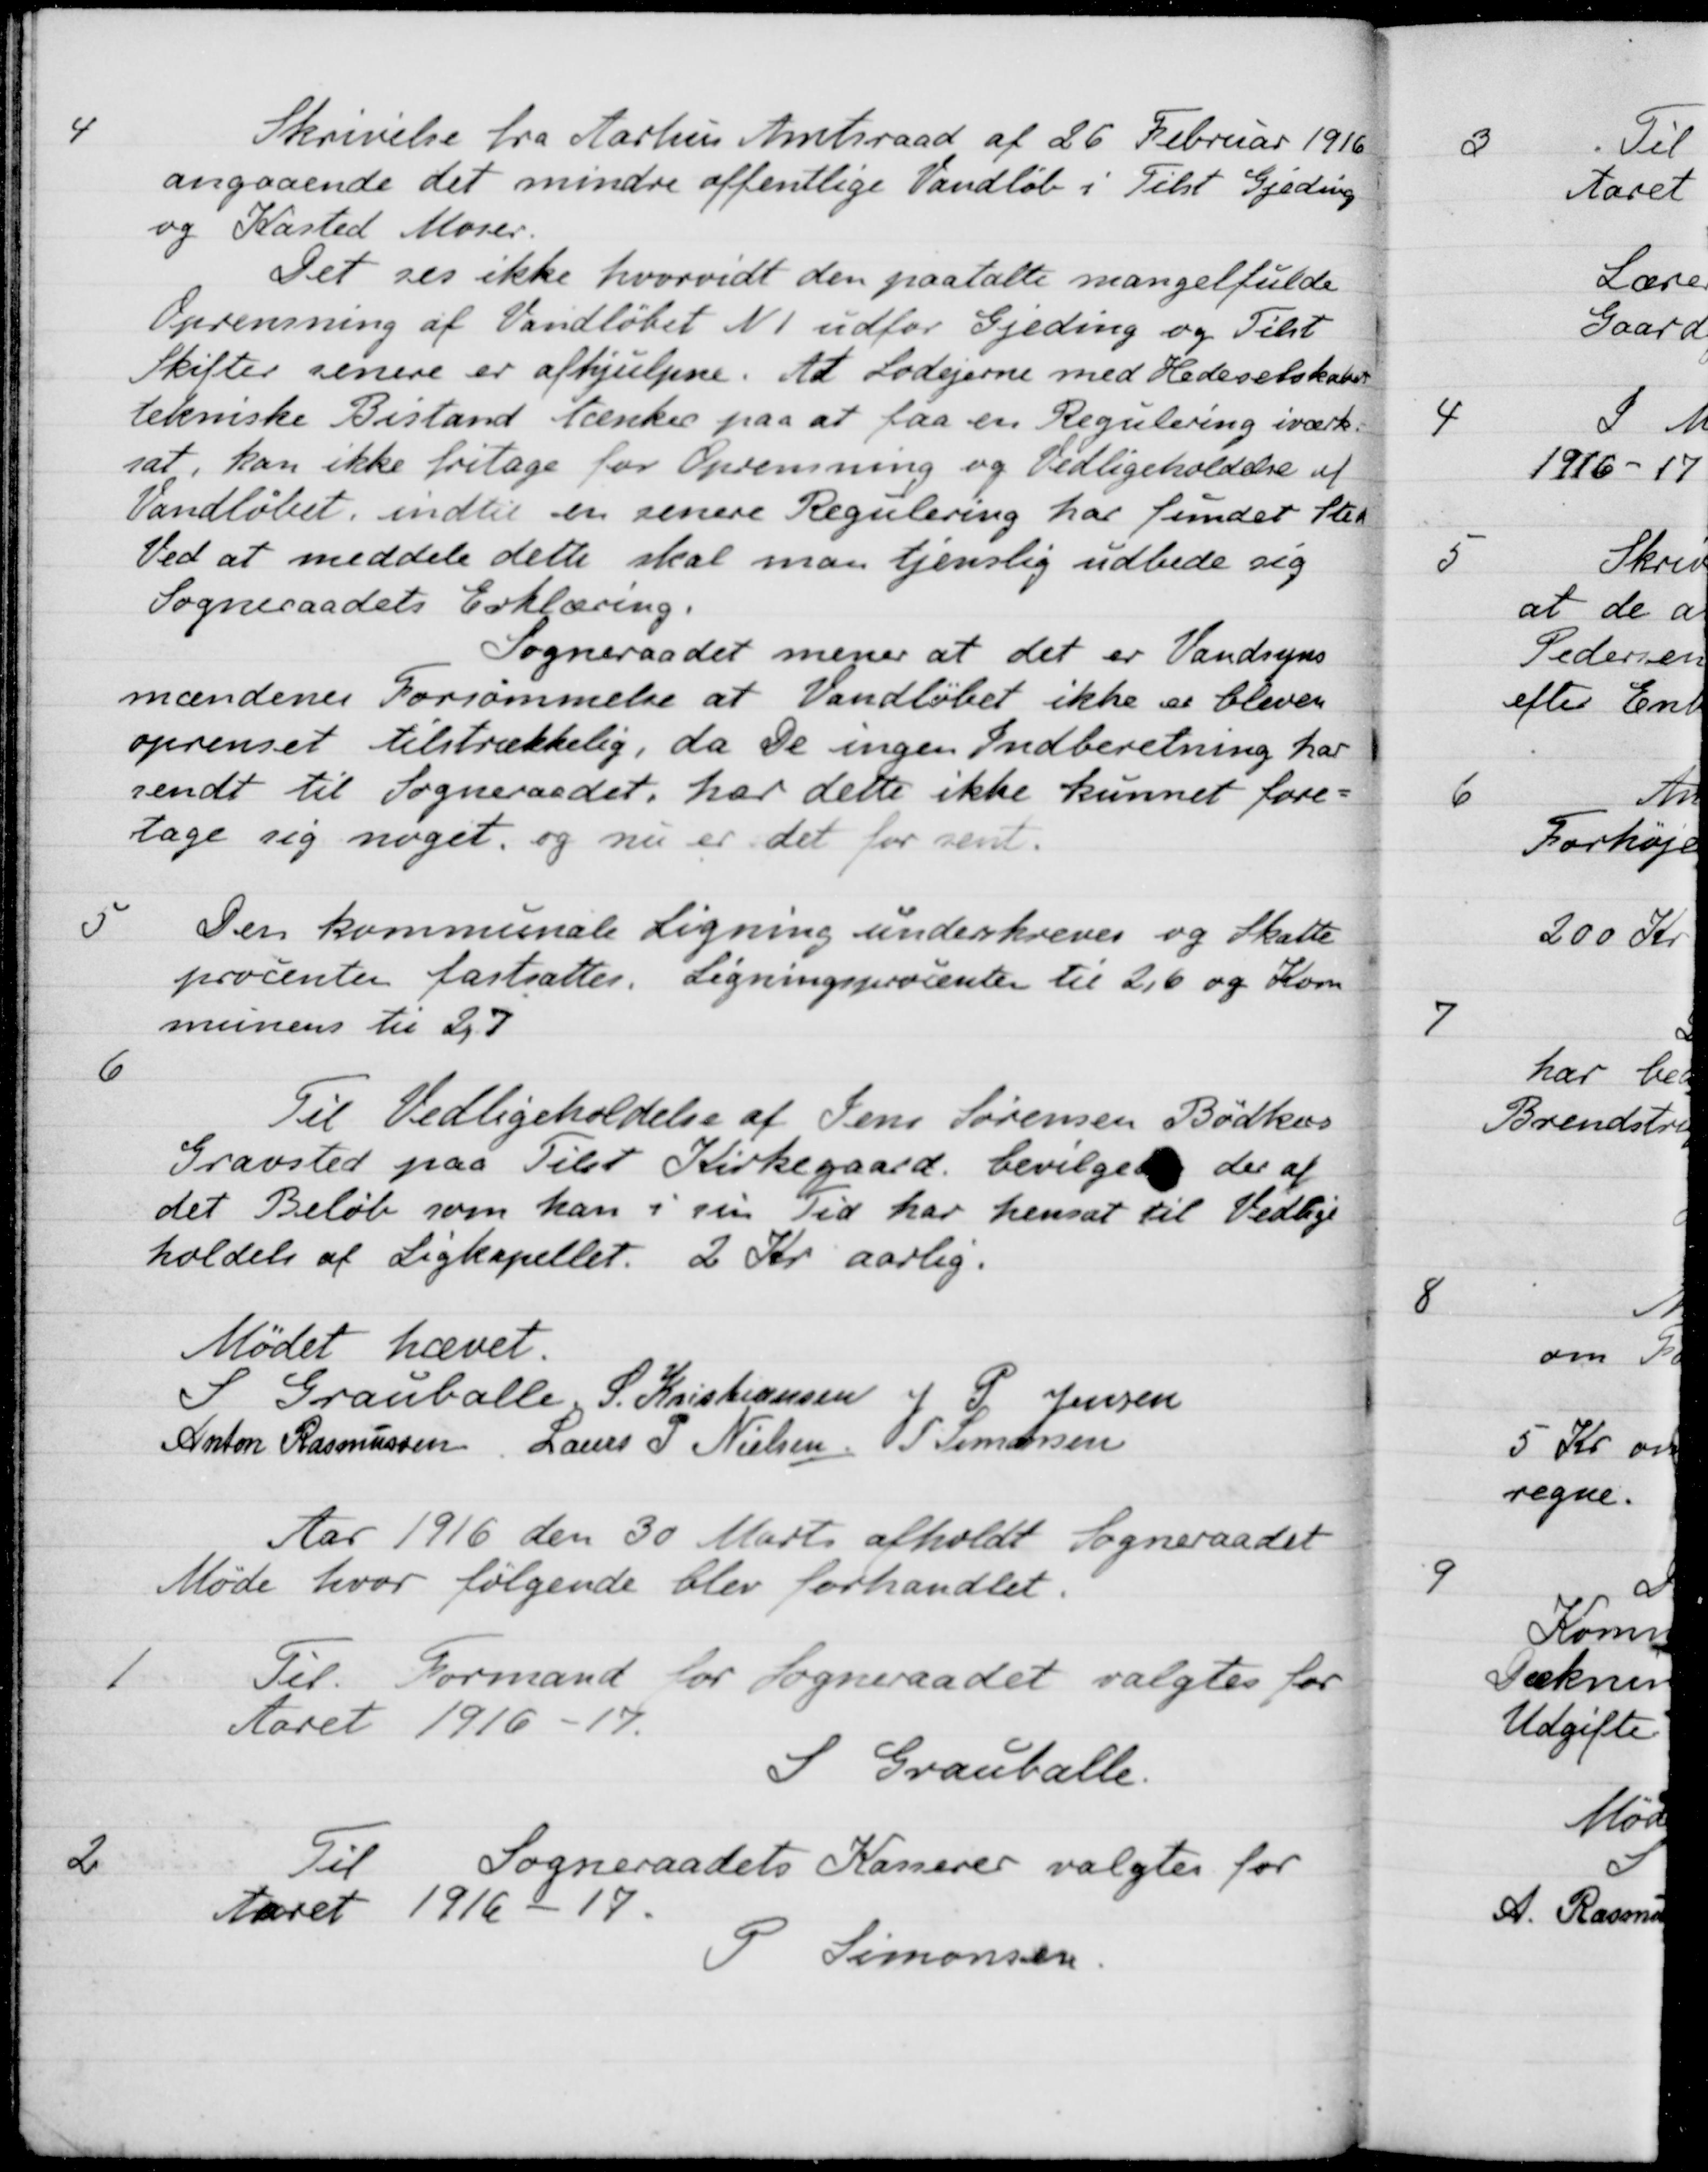
Transskription:
4
Skrivelse fra Aarhus Amtsraad af 26 Februar 1916
angaaende det mindre offentlige Vandløb i Tilst Gjeding
og Kasted Moser.
Det ses ikke hvorvidt den paatalte mangelfulde
Oprensning af Vandløbet N 1 udfor Gjeding og Tilst
Skifter senere er afhjulpne. At Lodejerne med Hedeselskabet
tekniske Bistand tænker paa at faa en Regulering iværk-
sat, kan ikke fritage for Oprensning og Vedligeholdelse af
Vandløbet indtil en senere Regulering har fundet Sted
Ved at meddele dette skal man tjenslig udbede sig
Sogneraadets Erklæring.
Sogneraadet mener at det er Vandsyns
mændenes Forsømmelse at Vandløbet ikke er bleven
oprenset tilstrækkelig, da De ingen Indberetning har
sendt til Sogneraadet, har dette ikke kunnet fore-
tage sig noget, og nu er det for sent.
5
Den kommunale Ligning underskreves og Skatte
procenten fastsættes. Ligningsprocenter til 2,6 og Kom
munens til 27
6
Til Vedligeholdelse af Jens Sørensen Bødkers
Gravsted paa Tilst Kirkegaard, bevilgedes der af
det Beløb som han i sin Tid har hensat til Vedlige-
holdels af Ligkapellet 2 Kr aarlig.
Mødet hævet.
S Grauballe
S. Kristiansen
J P. Jensen
Anton Rasmussen
Laurs P Nielsen
P. Simonsen

Aar 1916 den 30 Marts afholdt Sogneraadet
Møde hvor følgende blev forhandlet.
1
Til Formand for Sogneraadet valgtes for
Aaret 1916-17.
I Grauballe.
2
Lu Sogneraadets Kasserer valgtes for
Aaret 1916 - 17.
S Simonsen